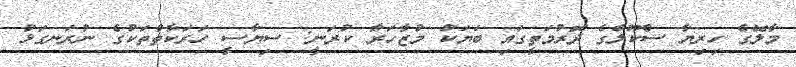
މާލޭގެ ހިރިޔާ ސްކޫލްގެ ދޮރުމަތީގައި ބަޔަކު މުޒާހަރާ ކުރަނީ: ސިޔާސީ ހަރަކާތްތަކުގެ ނުރަނގަޅު